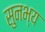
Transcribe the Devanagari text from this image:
सुनभ्य